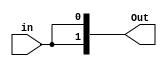
module two_bit_splitter(in, Out);

	parameter SIZE = 2;
	input in;
	
	
	output [SIZE-1:0] Out;
	assign Out[0] = in;
	assign Out[1] = in;

endmodule